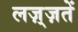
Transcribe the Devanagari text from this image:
लज़्ज़तें